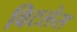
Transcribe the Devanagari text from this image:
विटलेस